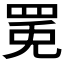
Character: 𱺾